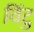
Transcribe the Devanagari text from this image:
विंटु